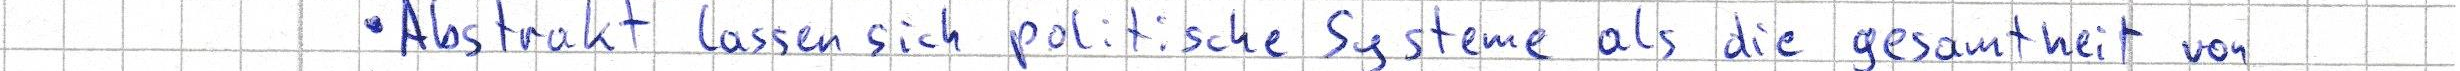
- Abstrakt lassen sich politische Systeme als die gesamtheit von